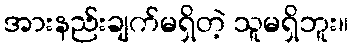
အားနည်းချက်မရှိတဲ့ သူမရှိဘူး။